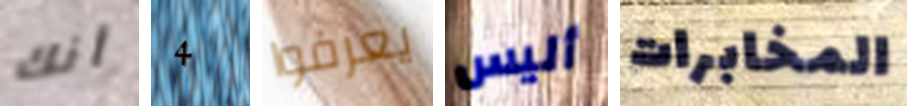
أنك 4 يعرفوا أليس المخابرات